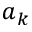
a _ { k }